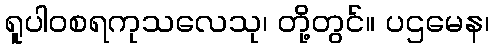
ရူပါဝစရကုသလေသု၊ တို့တွင်။ ပဌမေန၊